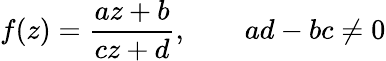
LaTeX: f(z)={\frac{az+b}{cz+d}},\qquad ad-bc\neq 0